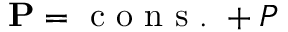
{ \bf P } = \mathrm { ~ c ~ o ~ n ~ s ~ . ~ } + P